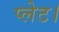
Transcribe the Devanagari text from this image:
प्लेट।